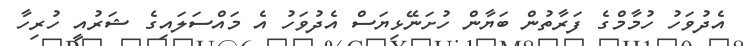
އެދުވަހު ހުމާމްގެ ފަރާތުން ބަޔާން ހުށަނޭޅިޔަސް އެދުވަހު އެ މައްސަލައިގެ ޝަރުއީ ހުރިހާ